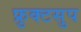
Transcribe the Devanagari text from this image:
फ्रुक्टसुप